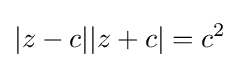
|z-c||z+c|=c^{2}